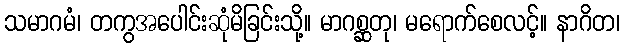
သမာဂမံ၊ တကွအပေါင်းဆုံမိခြင်းသို့။ မာဂစ္ဆတု၊ မရောက်စေလင့်။ နာဂိတ၊